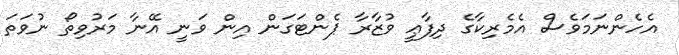
އެހެންނަމަވެސް އެމެރިކާގެ ދިފާޢީ ވުޒާރާ ޕެންޓަގަން އިން ވަނީ އޭނާ މަރުވިތޯ ނުވަތަ